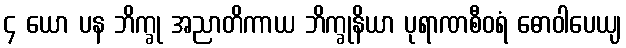
၄ ယော ပန ဘိက္ခု အညာတိကာယ ဘိက္ခုနိယာ ပုရာဏစီဝရံ ဓောဝါပေယျ